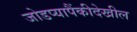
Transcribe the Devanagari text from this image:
जोडप्यापैंकीदेखील